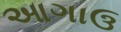
આગાઉ